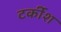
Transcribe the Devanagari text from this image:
टर्कीश